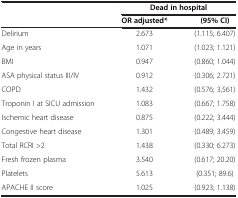
<table><thead><tr><td><b> </b></td><td colspan="2"><b>Dead in hospital</b></td></tr><tr><td><b> </b></td><td><b>OR adjusted*</b></td><td><b>(95% CI)</b></td></tr></thead><tbody><tr><td>Delirium</td><td>2.673</td><td>(1.115; 6.407)</td></tr><tr><td>Age in years</td><td>1.071</td><td>(1.023; 1.121)</td></tr><tr><td>BMI</td><td>0.947</td><td>(0.860; 1.044)</td></tr><tr><td>ASA physical status III/IV</td><td>0.912</td><td>(0.306; 2.721)</td></tr><tr><td>COPD</td><td>1.432</td><td>(0.576; 3,561)</td></tr><tr><td>Troponin I at SICU admission</td><td>1.083</td><td>(0.667; 1.758)</td></tr><tr><td>Ischemic heart disease</td><td>0.875</td><td>(0.222; 3.444)</td></tr><tr><td>Congestive heart disease</td><td>1.301</td><td>(0.489; 3.459)</td></tr><tr><td>Total RCRI &gt;2</td><td>1.438</td><td>(0.330; 6.273)</td></tr><tr><td>Fresh frozen plasma</td><td>3.540</td><td>(0.617; 20.20)</td></tr><tr><td>Platelets</td><td>5.613</td><td>(0.351; 89.6)</td></tr><tr><td>APACHE II score</td><td>1.025</td><td>(0.923; 1.138)</td></tr></tbody></table>